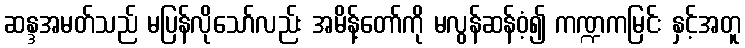
ဆန္ဒအမတ်သည် မပြန်လိုသော်လည်း အမိန့်တော်ကို မလွန်ဆန်ဝံ့၍ ကဏ္ဍကမြင်း နှင့်အတူ